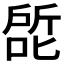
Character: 𰈕